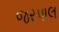
જરપાલ